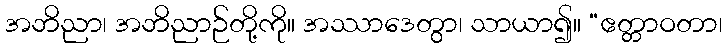
အဘိညာ၊ အဘိညာဉ်တို့ကို။ အဿာဒေတွာ၊ သာယာ၍။ “ဧတ္တာဝတာ၊